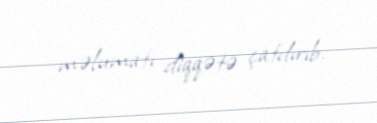
məlumatı diqqətə çatdırıb.